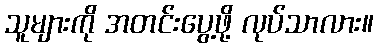
သူများကို အတင်းပွေ့ဖို့ လုပ်သာလား။